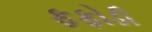
ફફોડી